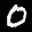
Label: 0